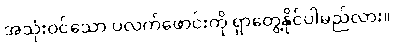
အသုံးဝင်သော ပလက်ဖောင်းကို ရှာတွေ့နိုင်ပါမည်လား။